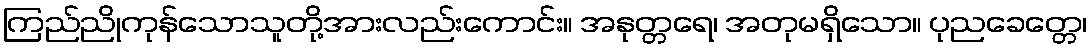
ကြည်ညိုကုန်သောသူတို့အားလည်းကောင်း။ အနုတ္တရေ၊ အတုမရှိသော။ ပုညခေတ္တေ၊